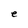
Character: e